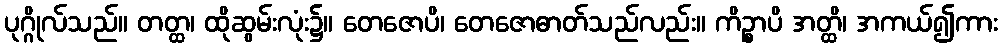
ပုဂ္ဂိုလ်သည်။ တတ္ထ၊ ထိုဆွမ်းလုံး၌။ တေဇောပိ၊ တေဇောဓာတ်သည်လည်း။ ကိဉ္စာပိ အတ္ထိ၊ အကယ်၍ကား